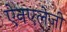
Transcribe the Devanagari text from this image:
ऐनएलेजी